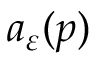
a _ { \varepsilon } ( p )